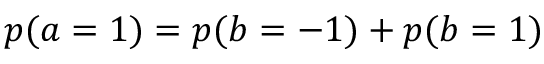
p ( a = 1 ) = p ( b = - 1 ) + p ( b = 1 )